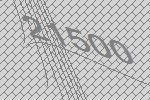
21500